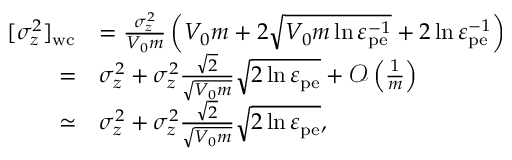
\begin{array} { r l } { [ \sigma _ { z } ^ { 2 } ] _ { \mathrm { w c } } } & { = \frac { \sigma _ { z } ^ { 2 } } { V _ { 0 } m } \left( V _ { 0 } m + 2 \sqrt { V _ { 0 } m \ln \varepsilon _ { \mathrm { p e } } ^ { - 1 } } + 2 \ln \varepsilon _ { \mathrm { p e } } ^ { - 1 } \right) } \\ { = } & { \sigma _ { z } ^ { 2 } + \sigma _ { z } ^ { 2 } \frac { \sqrt { 2 } } { \sqrt { V _ { 0 } m } } \sqrt { 2 \ln \varepsilon _ { \mathrm { p e } } } + \mathcal { O } \left( \frac { 1 } { m } \right) } \\ { \simeq } & { \sigma _ { z } ^ { 2 } + \sigma _ { z } ^ { 2 } \frac { \sqrt { 2 } } { \sqrt { V _ { 0 } m } } \sqrt { 2 \ln \varepsilon _ { \mathrm { p e } } } , } \end{array}